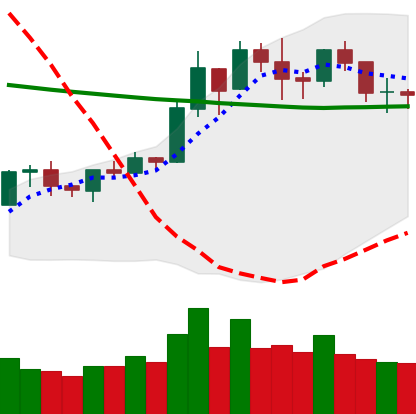
Ticker: BNB-USD
Chart end date: 2020-01-25
Forward return: 9.509%
Label: up_7plus